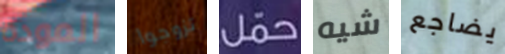
المودة تزوجوا حمل شيه يضاجع